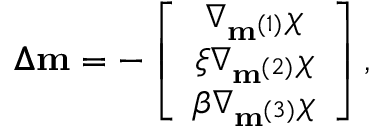
\pmb { \Delta } \mathbf { m } = - \left[ \begin{array} { c } { \nabla _ { \mathbf { m } ^ { ( 1 ) } } \chi } \\ { \xi \nabla _ { \mathbf { m } ^ { ( 2 ) } } \chi } \\ { \beta \nabla _ { \mathbf { m } ^ { ( 3 ) } } \chi } \end{array} \right] ,